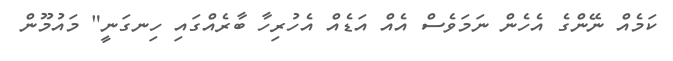
ކަމެއް ނޭންގެ އެހެން ނަމަވެސް އެއް އަޑެއް އެހުރިހާ ބާރެއްގައި ހިނގަނީ" މައުމޫން